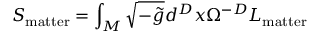
S _ { \mathrm { m a t t e r } } = \int _ { M } \sqrt { - \tilde { g } } d ^ { D } x \Omega ^ { - D } { \cal L } _ { \mathrm { m a t t e r } }